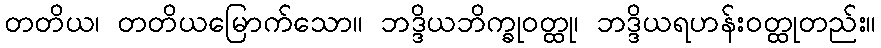
တတိယ၊ တတိယမြောက်သော။ ဘဒ္ဒိယဘိက္ခုဝတ္ထု၊ ဘဒ္ဒိယရဟန်းဝတ္ထုတည်း။